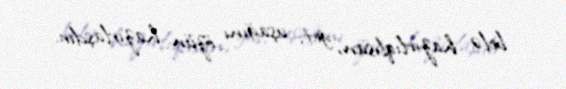
belə hazırlıqlısan, get, uşağını özün hazırlaşdır.